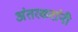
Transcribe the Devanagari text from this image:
अंतरकरांनी